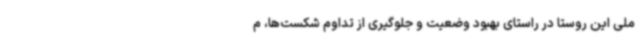
ملی این روستا در راستای بهبود وضعیت و جلوگیری از تداوم شکست‌ها، م